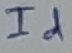
Text: Id